Indian journal of veterinary science and animal husbandry - Volumes 15-17, 1948-1951
Year: 1948
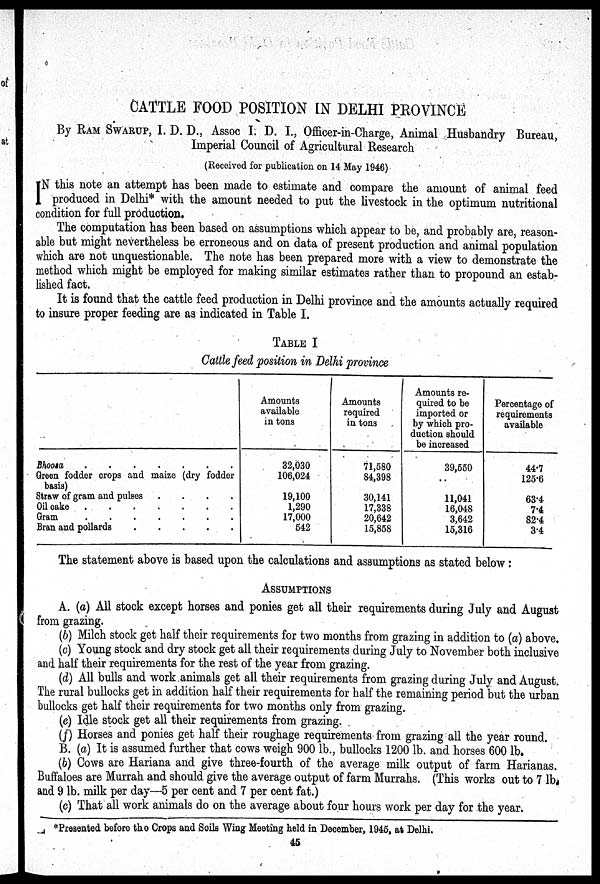
CATTLE FOOD POSITION IN DELHI PROVINCE
By RAM SWARUP, I. D. D., Assoc I. D. I., Officer-in-Charge, Animal Husbandry Bureau,
Imperial Council of Agricultural Research
(Received for publication on 14 May 1946)
I N this note an attempt has been made to estimate and compare the amount of animal feed
produced in Delhi* with the amount needed to put the livestock in the optimum nutritional
condition for full production.
The computation has been based on assumptions which appear to be, and probably are, reason-
able but might nevertheless be erroneous and on data of present production and animal population
which are not unquestionable. The note has been prepared more with a view to demonstrate the
method which might be employed for making similar estimates rather than to propound an estab-
lished fact.
It is found that the cattle feed production in Delhi province and the amounts actually required
to insure proper feeding are as indicated in Table I.
TABLE I
Cattle feed position in Delhi province
Bhoosa . . . . . . .
Green fodder crops and maize (dry fodder
basis)
Straw of gram and pulses .
.
.
.
Oil cake . . . . . . .
Gram . . . . . . .
Bran and pollards . . . . .
Amounts
available
in tons
32,030
106,024
19,100
1,290
17,000
542
Amounts
required
in tons
71,580
84,398
30,141
17,338
20,642
15,858
Amounts re-
quired to be
imported or
by which pro-
duction should
be increased
39,550
..
11,041
16,048
3,642
15,316
Percentage of
requirements
available
44.7
125.6
63.4
7.4
82.4
3.4
The statement above is based upon the calculations and assumptions as stated below:
ASSUMPTIONS
A. (a) All stock except horses and ponies get all their requirements during July and August
from grazing.
(b) Milch stock get half their requirements for two months from grazing in addition to (a) above.
(c) Young stock and dry stock get all their requirements during July to November both inclusive
and half their requirements for the rest of the year from grazing.
(d) All bulls and work animals get all their requirements from grazing during July and August.
The rural bullocks get in addition half their requirements for half the remaining period but the urban
bullocks get half their requirements for two months only from grazing.
(e) Idle stock get all their requirements from grazing.
(f) Horses and ponies get half their roughage requirements from grazing all the year round.
B. (a) It is assumed further that cows weigh 900 lb., bullocks 1200 lb. and horses 600 lb.
(b) Cows are Hariana and give three-fourth of the average milk output of farm Harianas.
Buffaloes are Murrah and should give the average output of farm Murrahs. (This works out to 7 lb.
and 9 lb. milk per day—5 per cent and 7 per cent fat.)
(c) That all work animals do on the average about four hours work per day for the year.
*Presented before the Crops and Soils Wing Meeting held in December, 1945, at Delhi.
45